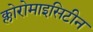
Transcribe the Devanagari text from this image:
क्लोरोमाइसिटीन